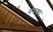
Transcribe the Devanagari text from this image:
नयका